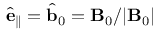
\hat { \mathbf { e } } _ { \parallel } = \hat { \mathbf { b } } _ { 0 } = \mathbf { B } _ { 0 } / | \mathbf { B } _ { 0 } |